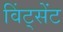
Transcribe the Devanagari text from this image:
विंट्सेंट